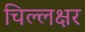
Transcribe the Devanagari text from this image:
चिल्लक्षर